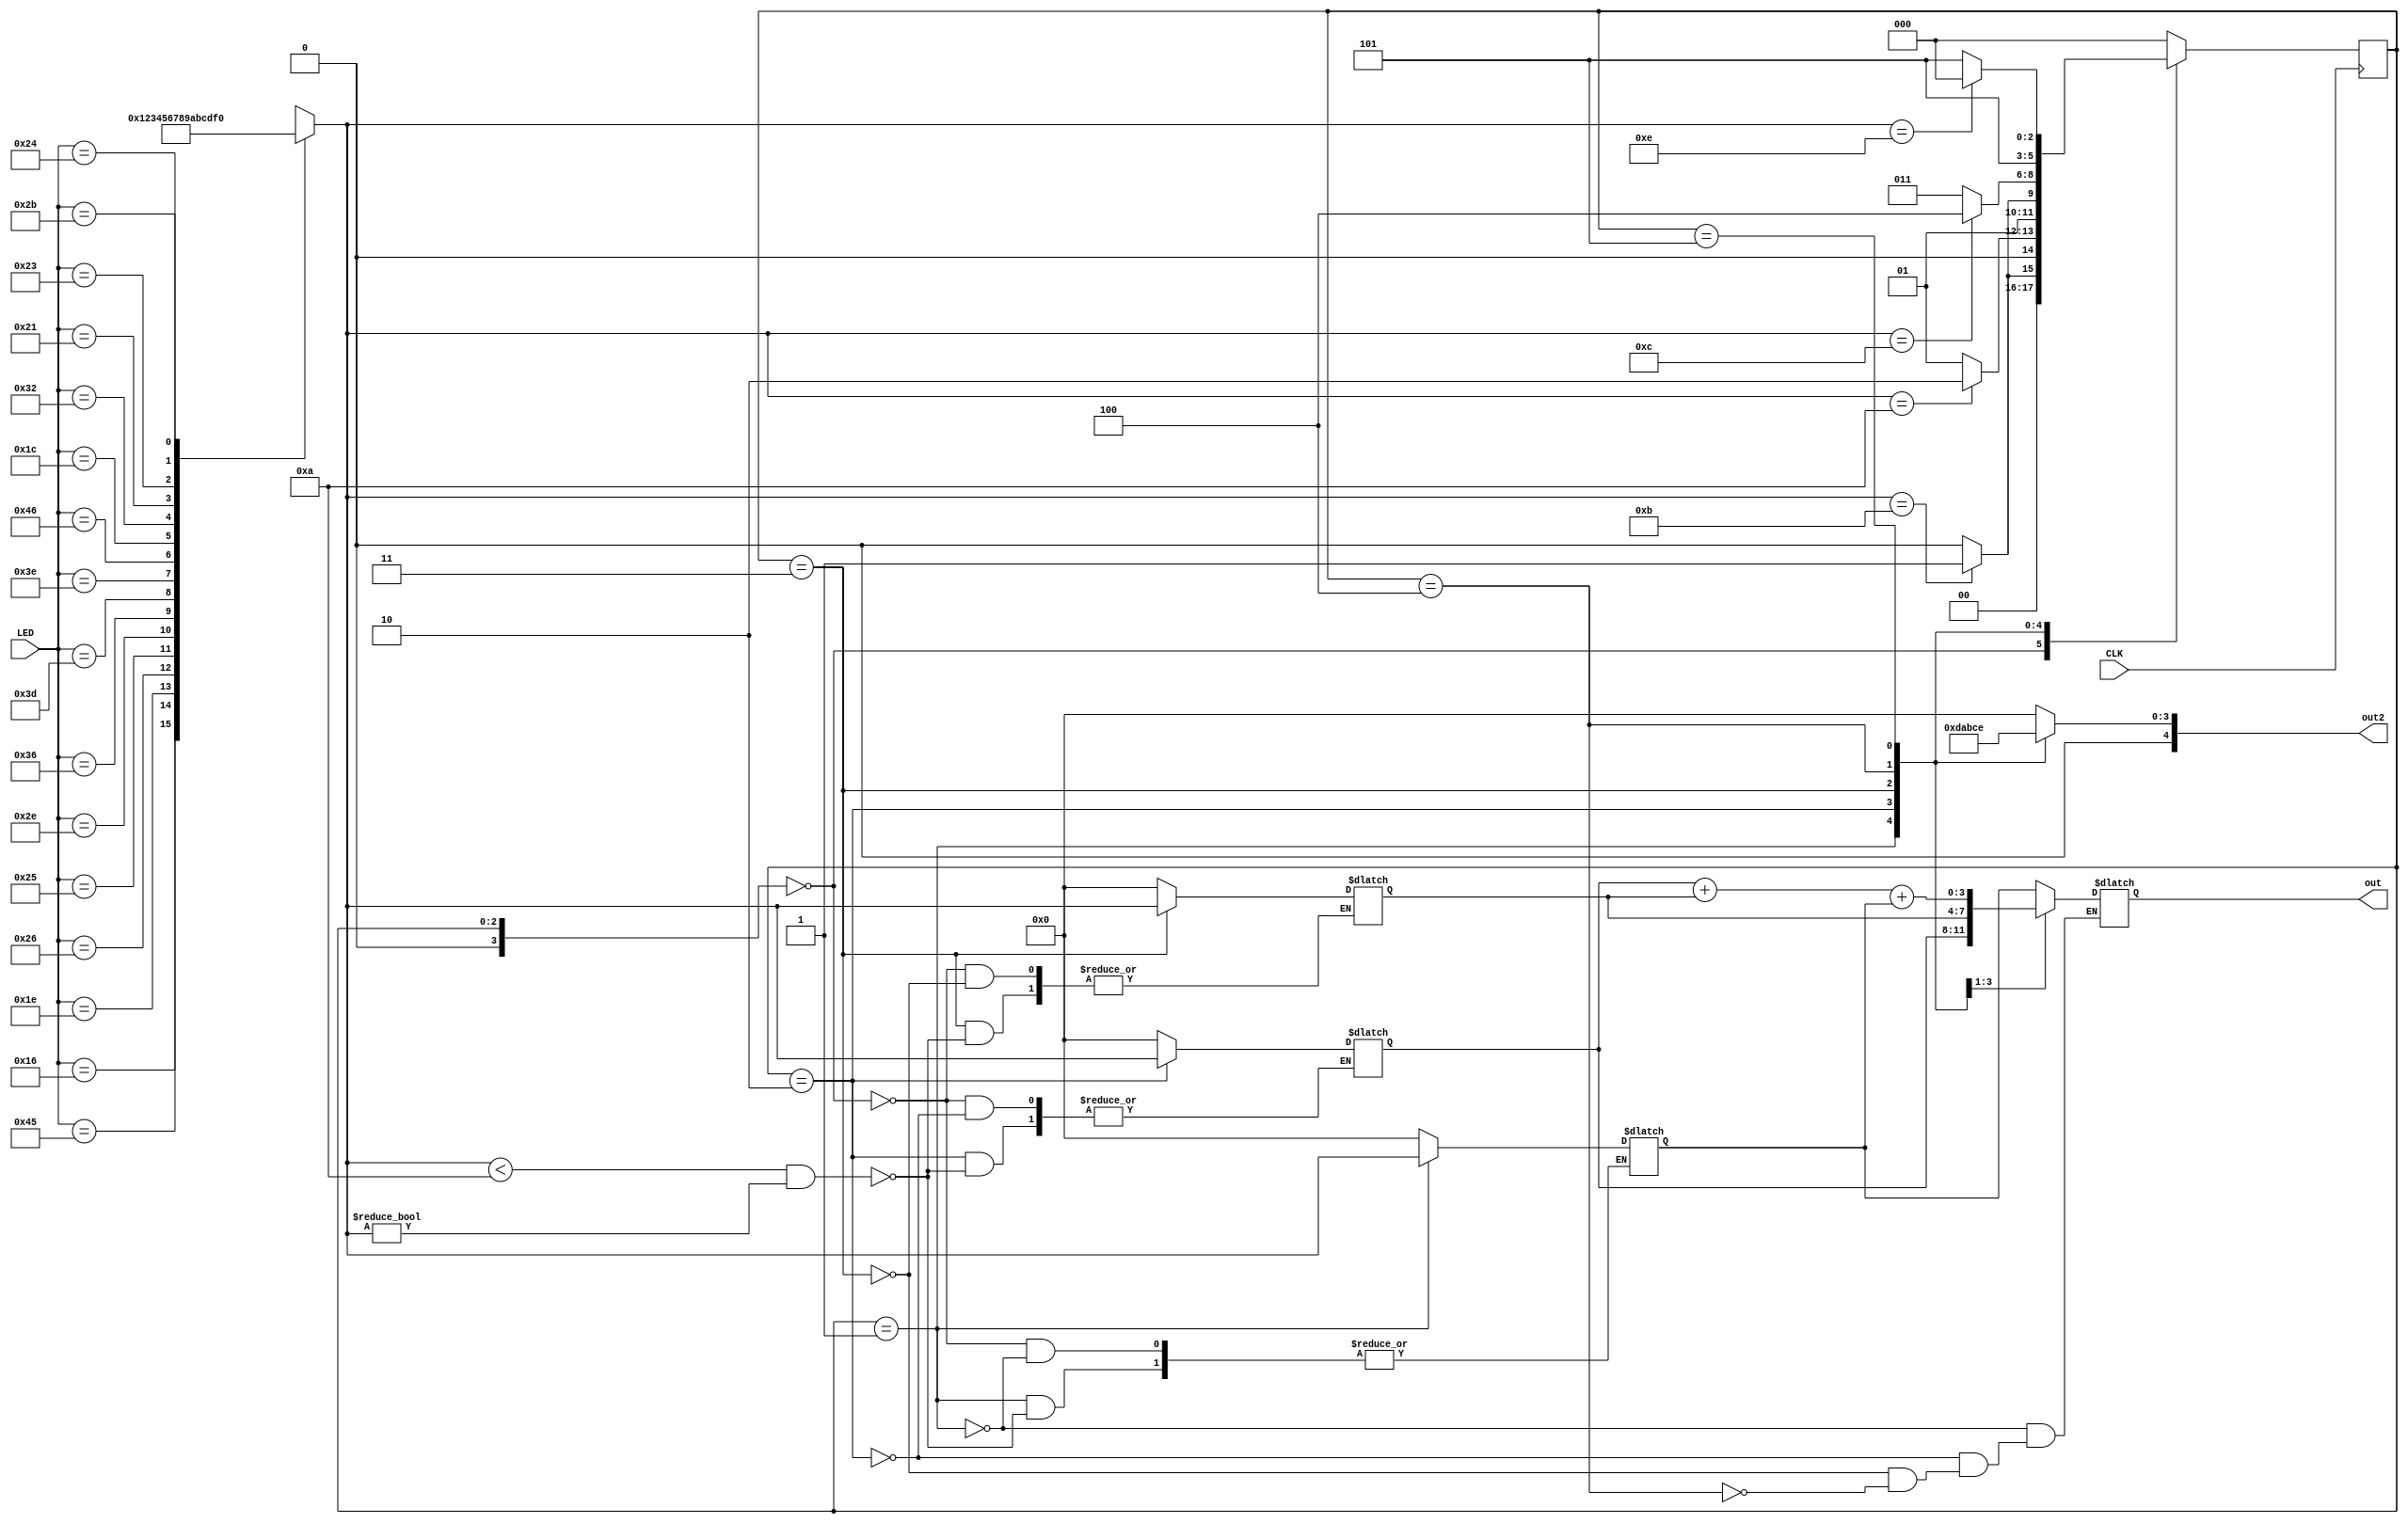


module HLSM2(input CLK, input [7:0] LED, output wire [3:0] out, output wire [4:0] out2);

reg [3:0] P1Reg; //base
reg [3:0] S1Reg; //alice
reg [3:0] S2Reg; //bob

reg [3:0] I; //input (kinda)

reg [3:0] state = 0, stateS;
reg [3:0] nextstate = 0;

reg[3:0] outreg;


always@(LED)
case(LED)
8'b01000101: I = 4'b0000; //0
8'b00010110: I = 4'b0001; //1
8'b00011110: I = 4'b0010; //2
8'b00100110: I = 4'b0011; //3
8'b00100101: I = 4'b0100; //4
8'b00101110: I = 4'b0101; //5
8'b00110110: I = 4'b0110; //6
8'b00111101: I = 4'b0111; //7
8'b00111110: I = 4'b1000; //8
8'b01000110: I = 4'b1001; //9
8'b00011100: I = 4'b1010; //A
8'b00110010: I = 4'b1011; //B base -> bob
8'b00100001: I = 4'b1100; //C  
8'b00100011: I = 4'b1101; //D
8'b00100100: I = 4'b1110; //E
8'b00101011: I = 4'b1111; //F mod
default: I = 4'bxxxx;     //default
endcase

always@(posedge CLK)
state <= nextstate;

always@(I, state)
case(state)
//reset state
5'b00000:begin
			P1Reg <= 0;
			S1Reg <= 0;
			S2Reg <= 0;
			if(I == 4'b1011)//if we are ready to take pub 1(b, 8'b00110010)
			nextstate = 5'b00001;
			else nextstate = 5'b00000;//waiting
			end
//take public 1			
5'b00001:begin


			outreg = P1Reg;
			if(I == 4'b1010) //if we are ready to take private 1(a, 8'b00011100)
			nextstate = 5'b00010;
			else nextstate = 5'b00001;
			
			if(I < 4'b1010 && I != 0)
				P1Reg <= I;
			else
				P1Reg <= P1Reg;
			end
//take private 1			
5'b00010:begin
			outreg = S1Reg;

			if(I == 4'b1011)//if we are ready to take private 2(b, 8'b00110010)
			nextstate = 5'b00011;
         else nextstate = 5'b00010;
			
			if (I < 4'b1010 && I != 0 )
			S1Reg <= I;
			else
			S1Reg <= S1Reg;
			end
//take private 2
5'b00011:begin
			outreg = S2Reg;
			if (I < 4'b1010 && I != 0 )
			S2Reg <= I;
			else
			S2Reg <= S2Reg;
			if(I == 4'b1100) //if we are ready to compute(c, 8'b00100001)
			nextstate = 5'b00100;
         else nextstate = 5'b00011;
			end
//we compute and store			
5'b00100: begin
			outreg = (S1Reg + S2Reg + P1Reg) ;
			nextstate = 5'b00101;
			end

//we show the computed value
5'b00101:if( I == 4'b1110)//if we are ready to reset ( e, 8'b00100100)
			nextstate = 5'b00000;
			else
			nextstate = 5'b00101;
default:nextstate = 5'b00000;
endcase

always @ (state)
case (state)
5'b00000: stateS = 4'b0000;
5'b00001: stateS = 4'b1101;
5'b00010: stateS = 4'b1010;
5'b00011: stateS = 4'b1011;
5'b00100: stateS = 4'b1100;
5'b00101: stateS = 4'b1110;
default: stateS = 0;
endcase

//always@(state, I) //yapildi
//case(state)
//5'b00000:
//	begin 
//		//P1Reg = 0; 
//		S1Reg = 0; 
//		S2Reg = 0; 
//		outreg = 0;
//	end 

//5'b00001://yapildi
//	begin
//		if(I < 4'b1010 && I != 0)
//			P1Reg <= I;
//		else
//			P1Reg <= P1Reg;
//	end

//5'b00010: //yapildi
//	begin
//		if (I < 4'b1010 && I != 0 )
//		S1Reg = I;
//		else
//		S1Reg = S1Reg;
//	end
//	
//5'b00011://yapildi
//	begin
//		if (I < 4'b1010 && I != 0 )
//		S2Reg = I;
//		else
//		S2Reg = S2Reg;
//	end
//	
//5'b00100:
//	outreg = (S1Reg + S2Reg + P1Reg) ;
//
//default: begin
//	outreg = 0;
//end
//
//endcase

assign out =  outreg;
assign out2 = stateS;
//assign outTest1 = I;
//assign outTest2 = 11;
endmodule